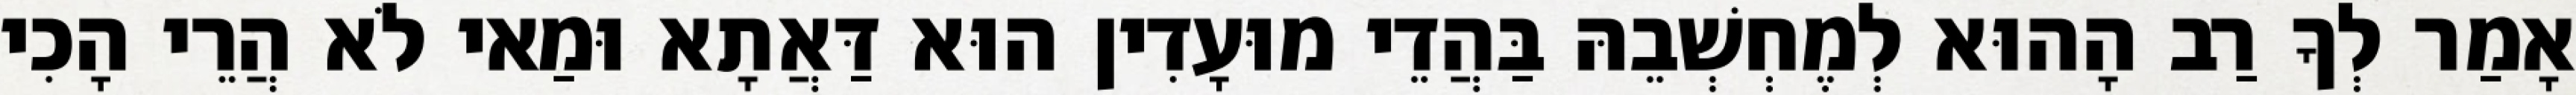
אָמַר לְךָ רַב הָהוּא לְמֶחְשְׁבֵהּ בַּהֲדֵי מוּעָדִין הוּא דַּאֲתָא וּמַאי לֹא הֲרֵי הָכִי